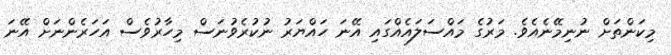
މިކަންތަށް ނުނިމޭނެއެވެ. މަރުގެ މައްސަލައެއްގައި އޭނަ ހައްޔަރު ނުކުރެވުނަސް މިހާރުވެސް އަހަރެންނަށް އޭނަ